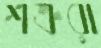
শত্রুরা